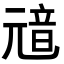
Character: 𩐘